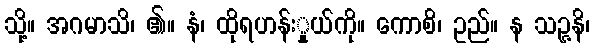
သို့။ အဂမာသိ၊ ၏။ နံ၊ ထိုရဟန်းှုယ်ကို။ ကောစိ၊ ဥည်။ န သဉ္ဇနိ၊